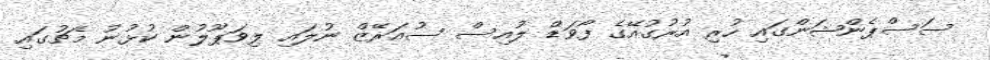
ސަސްޕެންޝަންގައި ހުރި އުރުގުއޭގެ ފޯވަޑް ލުއިސް ސުއަރޭޒް ނުލައި ލިވަޕޫލުން ކުޅުނު މެޗުގައި